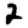
Digit: 2